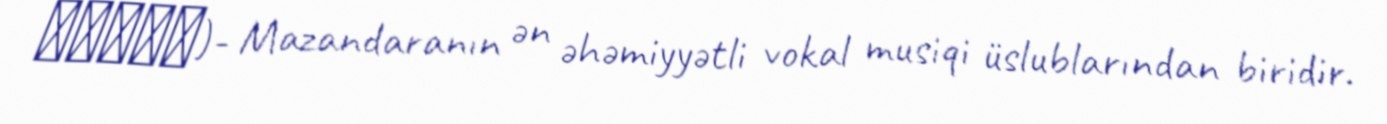
کتولی)- Mazandaranın ən əhəmiyyətli vokal musiqi üslublarından biridir.